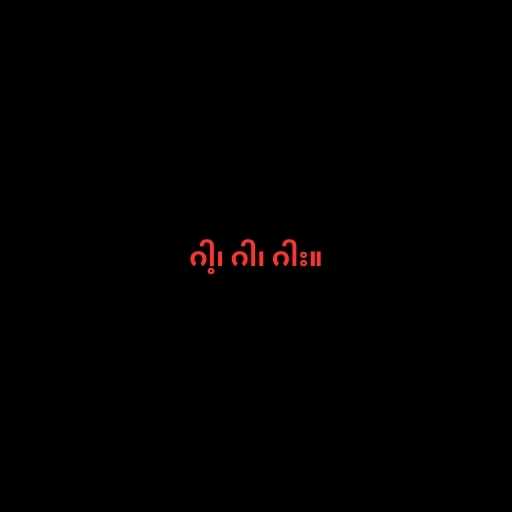
ဂါ့၊ ဂါ၊ ဂါး။